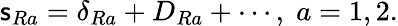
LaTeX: \mathsf{s}_{Ra}=\delta_{Ra}+D_{Ra}+\cdots,\; a=1,2.